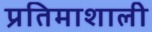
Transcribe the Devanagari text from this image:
प्रतिमाशाली